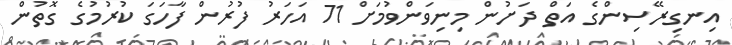
އިނގިރޭސިންގެ އަތް ދަށުން މިނިވަންވުމަށް 71 އަހަރު ފުރުން ފާހަގަ ކުރުމުގެ ގޮތުން